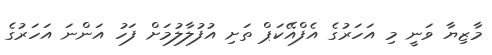
މާޒިޔާ ވަނީ މި އަހަރުގެ އެފްއޭކަޕް ތަށި އުފުލާލުމަށް ފަހު އަންނަ އަހަރުގެ